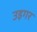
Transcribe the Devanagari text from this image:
उइगर